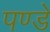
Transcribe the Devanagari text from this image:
पण्डे